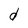
Character: d